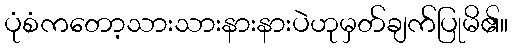
ပုံစံကတော့သားသားနားနားပဲဟုမှတ်ချက်ပြုမိ၏။